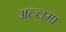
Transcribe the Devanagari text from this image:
अल्‍लमा